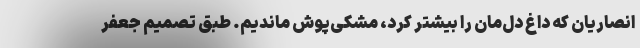
انصاریان که داغ‌ دل‌مان را بیشتر کرد، مشکی‌پوش ماندیم. طبق تصمیم جعفر